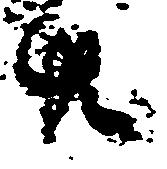
共